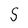
Character: S